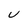
Character: U